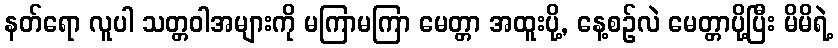
နတ်ရော လူပါ သတ္တဝါအများကို မကြာမကြာ မေတ္တာ အထူးပို့, နေ့စဉ်လဲ မေတ္တာပို့ပြီး မိမိရဲ့